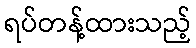
ရပ်တန့်ထားသည့်